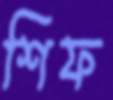
শিফ